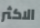
الاكثر